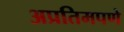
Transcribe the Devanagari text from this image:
अप्रतिमपणे